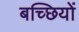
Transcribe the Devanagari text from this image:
बच्छियों